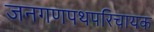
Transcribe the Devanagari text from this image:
जनगणपथपरिचायक